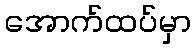
အောက်ထပ်မှာ